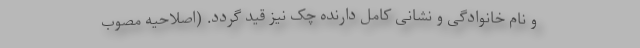
و نام خانوادگی و نشانی کامل دارنده چک نیز قید گردد. (اصلاحیه مصوب